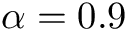
\alpha = 0 . 9